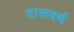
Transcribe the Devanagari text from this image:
दासवर्ण